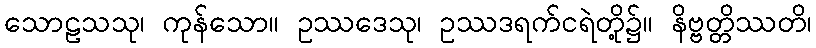
သောဠသသု၊ ကုန်သော။ ဥဿဒေသု၊ ဥဿဒရက်ငရဲတို့၌။ နိဗ္ဗတ္တိဿတိ၊